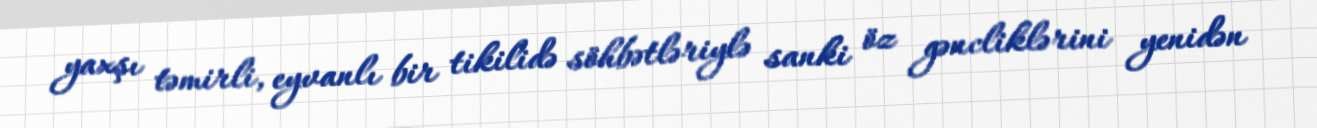
yaxşı təmirli, eyvanlı bir tikilidə söhbətləriylə sanki öz gəncliklərini yenidən